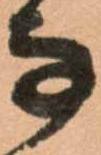
な